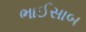
ભાઈસાબ